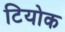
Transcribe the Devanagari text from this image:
टियोक